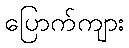
ပြောက်ကျား